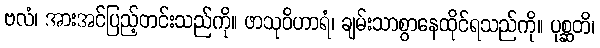
ဗလံ၊ အားအင်ပြည့်တင်းသည်ကို။ ဖာသုဝိဟာရံ၊ ချမ်းသာစွာနေထိုင်ရသည်ကို။ ပုစ္ဆတိ၊